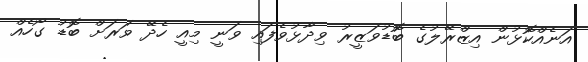
އަނެއްކޮޅުން އިޒްރޭލުގެ ބޮޑުވަޒީރު ވިދާޅުވެފައި ވަނީ މިއީ ހެދޭ ވަރަށް ބޮޑު ގޯހެއް